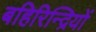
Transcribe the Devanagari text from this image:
बहिरिन्द्रियों